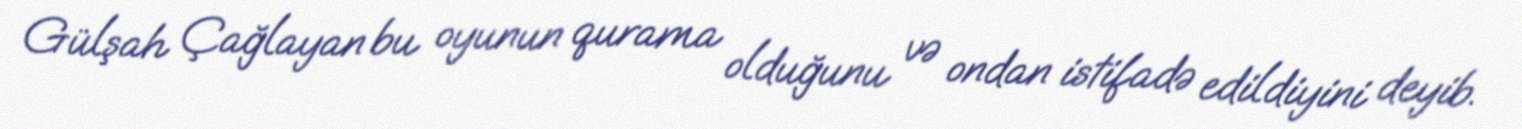
Gülşah Çağlayan bu oyunun qurama olduğunu və ondan istifadə edildiyini deyib.